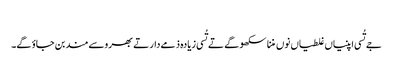
‏
جے تُسی اپنیاں غلطیاں نوں مننا سکھو گے تے تُسی زیادہ ذمےدار تے بھروسےمند بن جاؤ گے۔